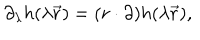
LaTeX: \partial _ { \lambda } h ( \lambda \vec { r } ) = ( r \cdot \partial ) h ( \lambda \vec { r } ) ,